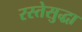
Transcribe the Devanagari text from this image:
रस्तेसुद्धा